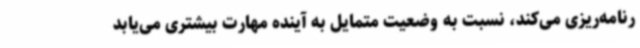
رنامه‌ریزی می‌کند، نسبت به وضعیت متمایل به آینده مهارت بیشتری می‌یابد